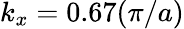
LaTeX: k_{x}=0.67(\pi/a)